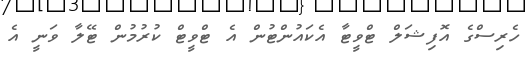
ހެރިސްގެ އޮފިޝަލް ޓްވީޓާ އެކައުންޓުން އެ ޓްވީޓް ކުރުމުން ޓޭލާ ވަނީ އެ